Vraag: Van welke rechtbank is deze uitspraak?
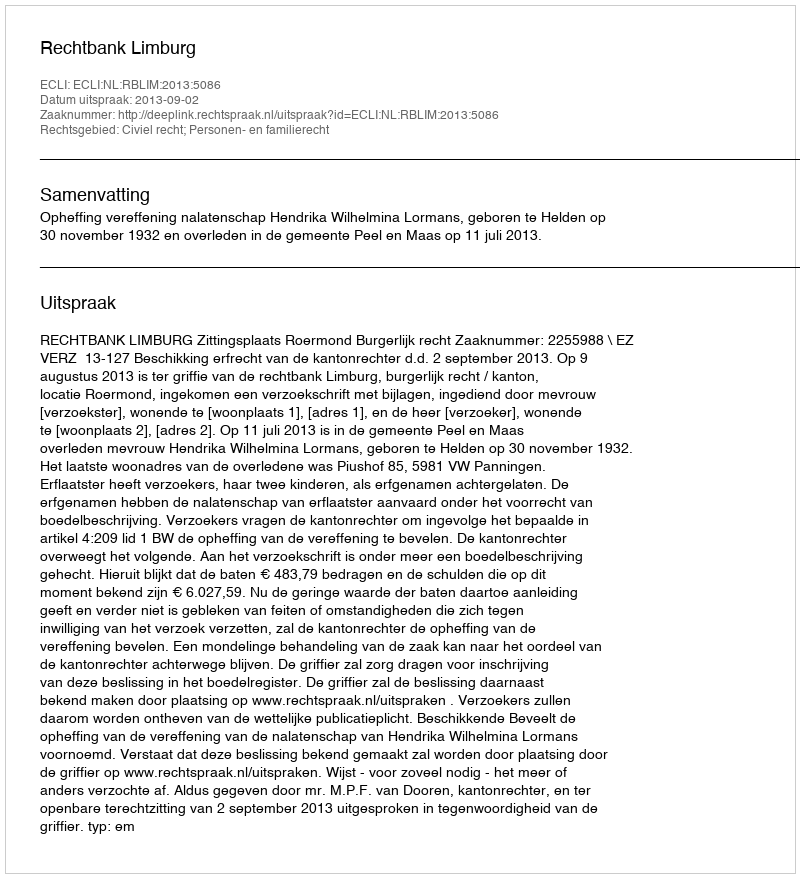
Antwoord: Rechtbank Limburg